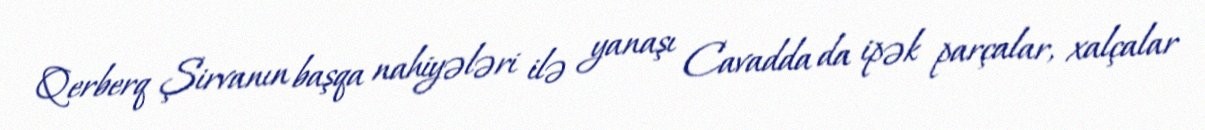
Qerberq Şirvanın başqa nahiyələri ilə yanaşı Cavadda da ipək parçalar, xalçalar